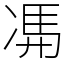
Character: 𠗦